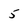
Character: 5